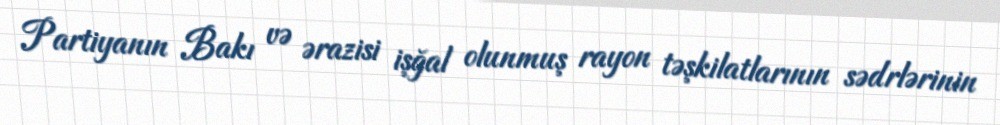
Partiyanın Bakı və ərazisi işğal olunmuş rayon təşkilatlarının sədrlərinin